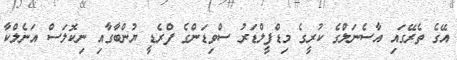
އޭގެ ތެރޭގައި އާސެނަލްގެ ކުރީގެ މިޑްފީލްޑަރު ސްވިޑަންގެ ފްރެޑީ ޔުންބާގާއި ނިކޮލަސް އަނެލްކާ